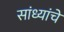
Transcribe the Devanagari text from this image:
सांध्यांचे